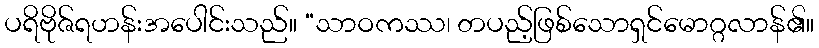
ပရိဗိုဇ်ရဟန်းအပေါင်းသည်။ “သာဝကဿ၊ တပည့်ဖြစ်သောရှင်မောဂ္ဂလာန်၏။